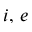
i , \, e